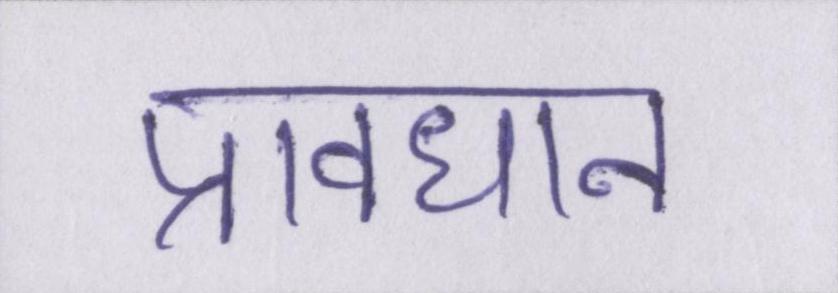
प्रावधान